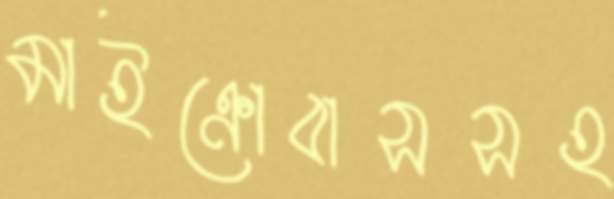
মাইক্রোবাসসহ